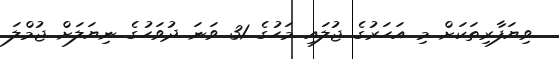
ވިޔަފާރިތަކަށް މި އަހަރުގެ ޖުލައި މަހުގެ 31 ވަނަ ދުވަހުގެ ނިޔަލަށް ޖުމްލަ